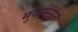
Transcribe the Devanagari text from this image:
मुकारसून